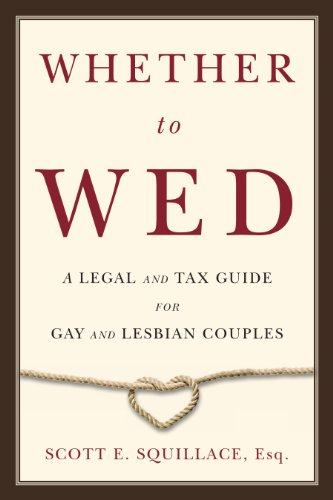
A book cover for Whether to Wed: A Legal and Tax Guide for Gay and Lesbian Couples; Scott E. Squillace Esq.; Law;